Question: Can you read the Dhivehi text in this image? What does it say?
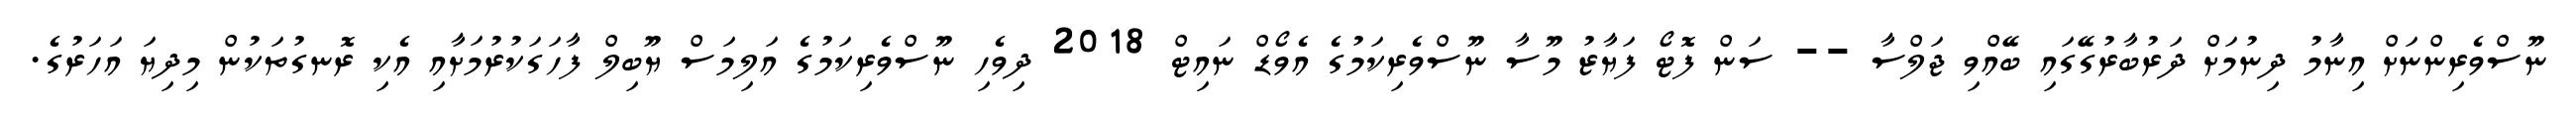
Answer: ނޫސްވެރިންނަށް އިނާމު ދިނުމަށް ދަރުބާރުގޭގައި ބޭއްވި ޖަލްސާ -- ސަން ފޮޓޯ ފަޔާޒު މޫސާ ނޫސްވެރިކަމުގެ އެވޯޑް ނައިޓް 2018 ދިވެހި ނޫސްވެރިކަމުގެ އަލިމަސް ޔޫބިލް ފާހަގަކުރުމަށާއި އެކި ރޮނގުތަކުން މިދިޔަ އަހަރުގެ.